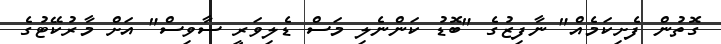
ގޮތުން ފެށިކަމެއް" ނާފިޒުގެ "ބޮޑު ކަންނެލި މަސް ޑެލިވަރީ ސާވިސް" އަށް މާރުކޭޓުގެ